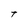
Character: t